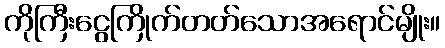
ကိုကြီးငွေကြိုက်တတ်သောအရောင်မျိုး။